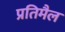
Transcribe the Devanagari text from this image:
प्रतिमैल